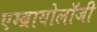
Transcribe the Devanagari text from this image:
एम्ब्रायोलॉजी